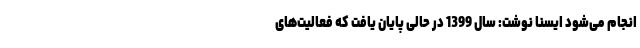
انجام می‌شود ایسنا نوشت: سال 1399 در حالی پایان یافت که فعالیت‌های